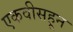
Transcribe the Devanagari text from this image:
एकवीसहून